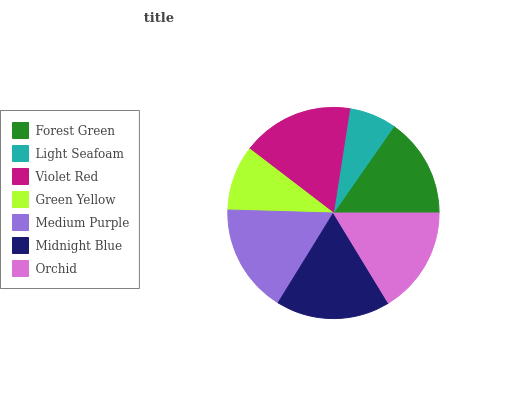
| Forest Green | Light Seafoam | Violet Red | Green Yellow | Medium Purple | Midnight Blue | Orchid |
 | --- | --- | --- | --- | --- | --- | --- |
 | 15.3% | 7.23% | 17% | 9.94% | 16.7% | 17.5% | 16.2% |